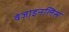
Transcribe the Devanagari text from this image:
वेजाइनलिस